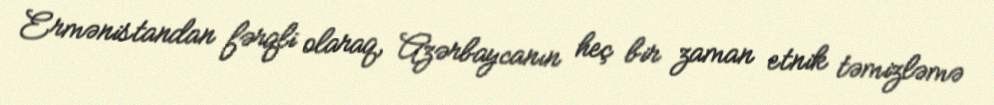
Ermənistandan fərqli olaraq, Azərbaycanın heç bir zaman etnik təmizləmə